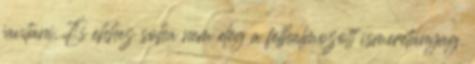
javítani. És ehhez soha nem elég a felhalmozott ismeretanyag.